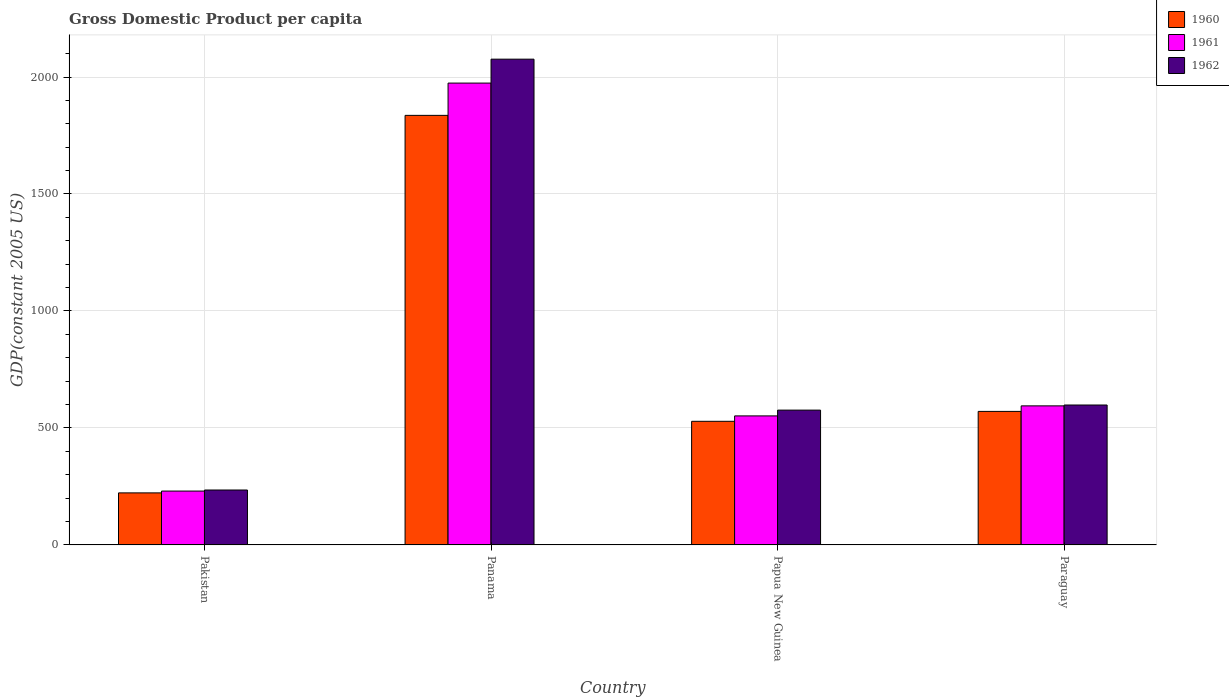
| Country | 1960 | 1961 | 1962 |
 | --- | --- | --- | --- |
 | Pakistan | 222 | 230 | 235 |
 | Panama | 1.84e+03 | 1.97e+03 | 2.08e+03 |
 | Papua New Guinea | 528 | 552 | 576 |
 | Paraguay | 571 | 594 | 598 |